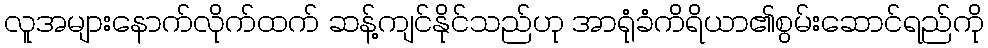
လူအများနောက်လိုက်ထက် ဆန့်ကျင်နိုင်သည်ဟု အာရုံခံကိရိယာ၏စွမ်းဆောင်ရည်ကို